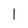
Character: I